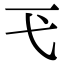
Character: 𢍼